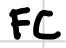
Text: FC
Cross-out: clean
Writing tool: digital_black